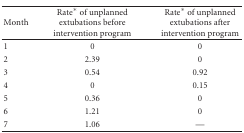
<table><thead><tr><td><b>Month</b></td><td><b>Rate* of unplanned extubations before intervention program</b></td><td><b>Rate* of unplanned extubations after intervention program</b></td></tr></thead><tbody><tr><td>1</td><td>0</td><td>0</td></tr><tr><td>2</td><td>2.39</td><td>0</td></tr><tr><td>3</td><td>0.54</td><td>0.92</td></tr><tr><td>4</td><td>0</td><td>0.15</td></tr><tr><td>5</td><td>0.36</td><td>0</td></tr><tr><td>6</td><td>1.21</td><td>0</td></tr><tr><td>7</td><td>1.06</td><td>—</td></tr></tbody></table>